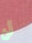
لن